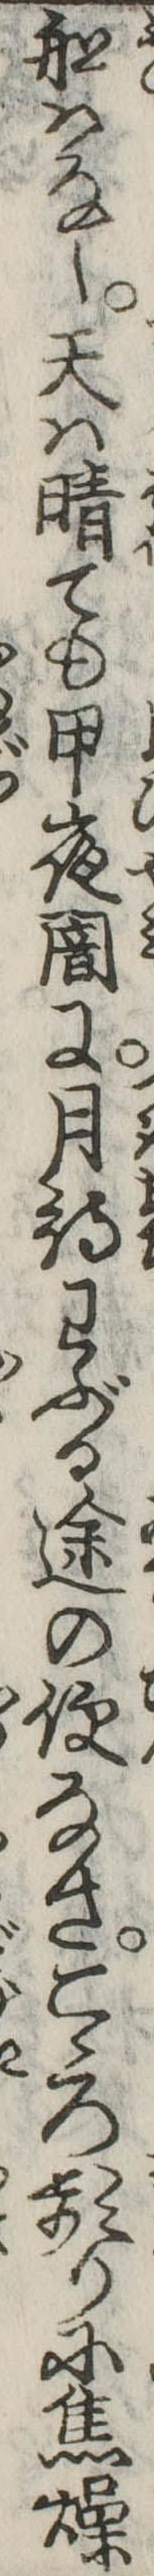
船はなし天は晴ても甲夜闇に月待わぶる途の便なさこゝろ頻りに焦燥